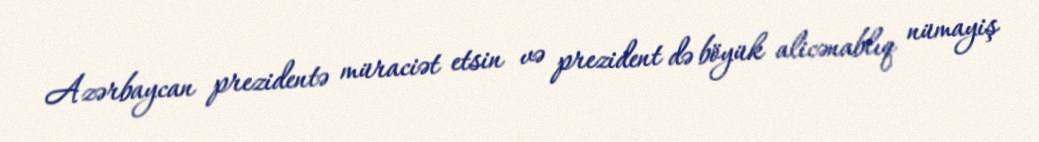
Azərbaycan prezidentə müraciət etsin və prezident də böyük alicənablıq nümayiş